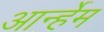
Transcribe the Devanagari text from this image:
आर्न्हेम